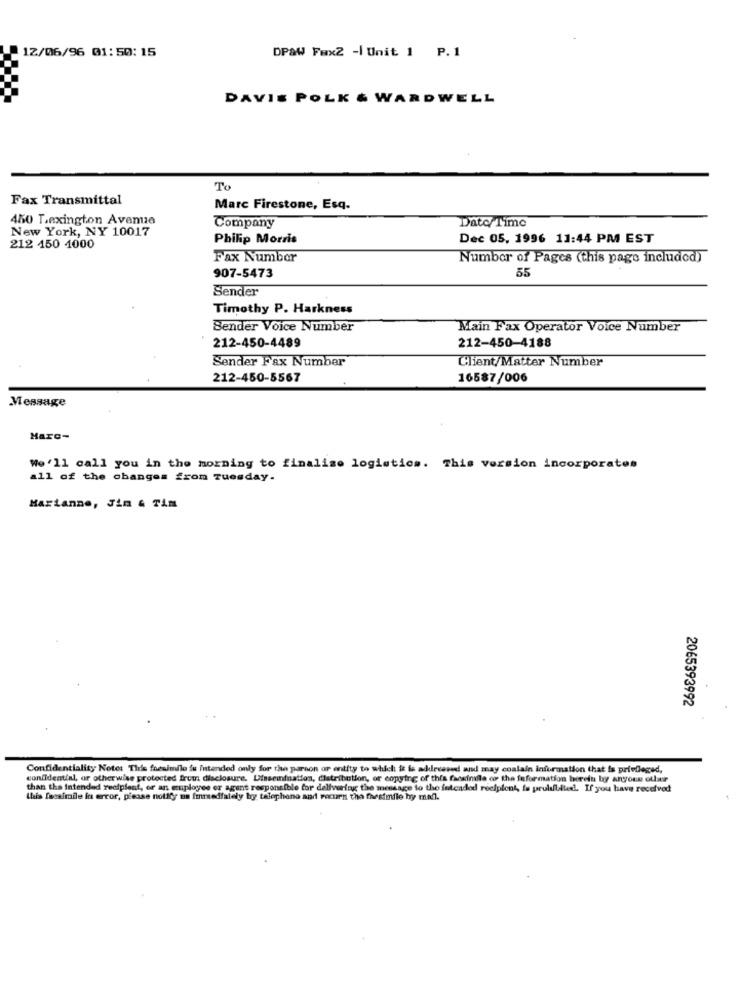
12/06/96 01:50:15
DPAW Fax2 -| Unit 1 P.1
DAVIS POLK & WARDWELL
To
Fax Transmittal
Marc Firestone, Esq.
450 Lexington Avenue
New York, NY 10017
Company
Date/ Time
Philip Morris
Dec 05, 1996 11:44 PM EST
212 450 4000
Fax Number
Number of Pages (this page included)
55
907-5473
Sender
Timothy P. Harkness
Bender Voice Number
Main Fax Operator Voice Number
212-450-4188
212-450-4489
Sender Fax Number
Client/Matter Number
212-450-5567
16587/006
Message
Marc-
We'll call you in the morning to finalise logistics. This version incorporates
all of the changes from Tuesday.
Marianne, Jin & Tim
2065393992
Confidentiality Note: This fresimile is intended only for the parson or entity to which it is addressed and may contain information that is privileged,
confidential, or otherwise protected from disclosure, Dissemination, distribution, or copying of this facsimile or the information herein by anyone othair
than the intended recipient, or an employee or agent responsible for delivering the message to the intended recipient, fa pruliflited. If you have received
this facsimile in error, please notify me Immediately by telephone and recurn the fhesimile hy mill.